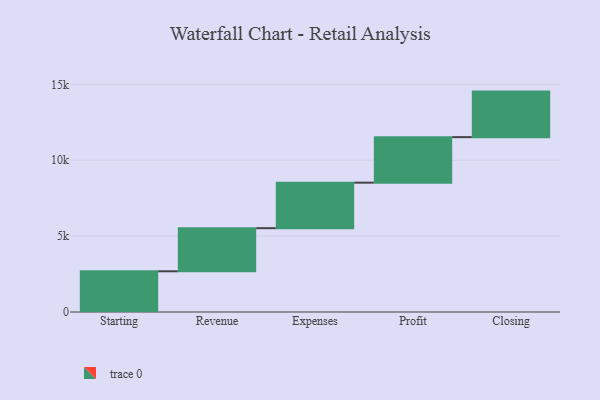
{"axis": {"x": "Step", "y": "Value"}, "legend": [""], "data": [{"x": "Starting", "y": 2683.0, "type": ""}, {"x": "Revenue", "y": 2839.0, "type": ""}, {"x": "Expenses", "y": 3000, "type": ""}, {"x": "Profit", "y": 3000, "type": ""}, {"x": "Closing", "y": 3000, "type": ""}]}